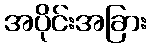
အပိုင်းအခြား